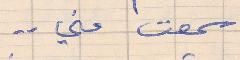
سمعت مني . .